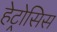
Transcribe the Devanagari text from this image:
हेट्रोसिस